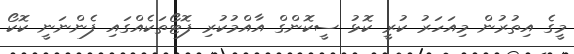
މީގެ އިތުރުން މިއަހަރު ކުރީ ކޮޅު ސީކޮންގް އާއްމުކުރި ފޮޓޯތަކެއްގައި ފެންނަނީ ކޮކޯ